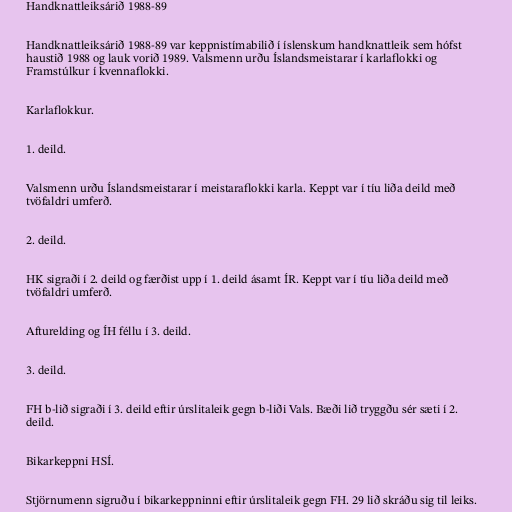
Handknattleiksárið 1988-89

Handknattleiksárið 1988-89 var keppnistímabilið í íslenskum handknattleik sem hófst
haustið 1988 og lauk vorið 1989. Valsmenn urðu Íslandsmeistarar í karlaflokki og
Framstúlkur í kvennaflokki.

Karlaflokkur.

1. deild.

Valsmenn urðu Íslandsmeistarar í meistaraflokki karla. Keppt var í tíu liða deild með
tvöfaldri umferð.

2. deild.

HK sigraði í 2. deild og færðist upp í 1. deild ásamt ÍR. Keppt var í tíu liða deild með
tvöfaldri umferð.

Afturelding og ÍH féllu í 3. deild.

3. deild.

FH b-lið sigraði í 3. deild eftir úrslitaleik gegn b-liði Vals. Bæði lið tryggðu sér sæti í 2.
deild.

Bikarkeppni HSÍ.

Stjörnumenn sigruðu í bikarkeppninni eftir úrslitaleik gegn FH. 29 lið skráðu sig til leiks.